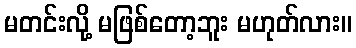
မတင်းလို့ မဖြစ်တော့ဘူး မဟုတ်လား။